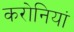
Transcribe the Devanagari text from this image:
करोनियां